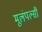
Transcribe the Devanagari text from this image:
मूलंपल्सी